V__Kingissepa_nim__kolhoos, lk 66
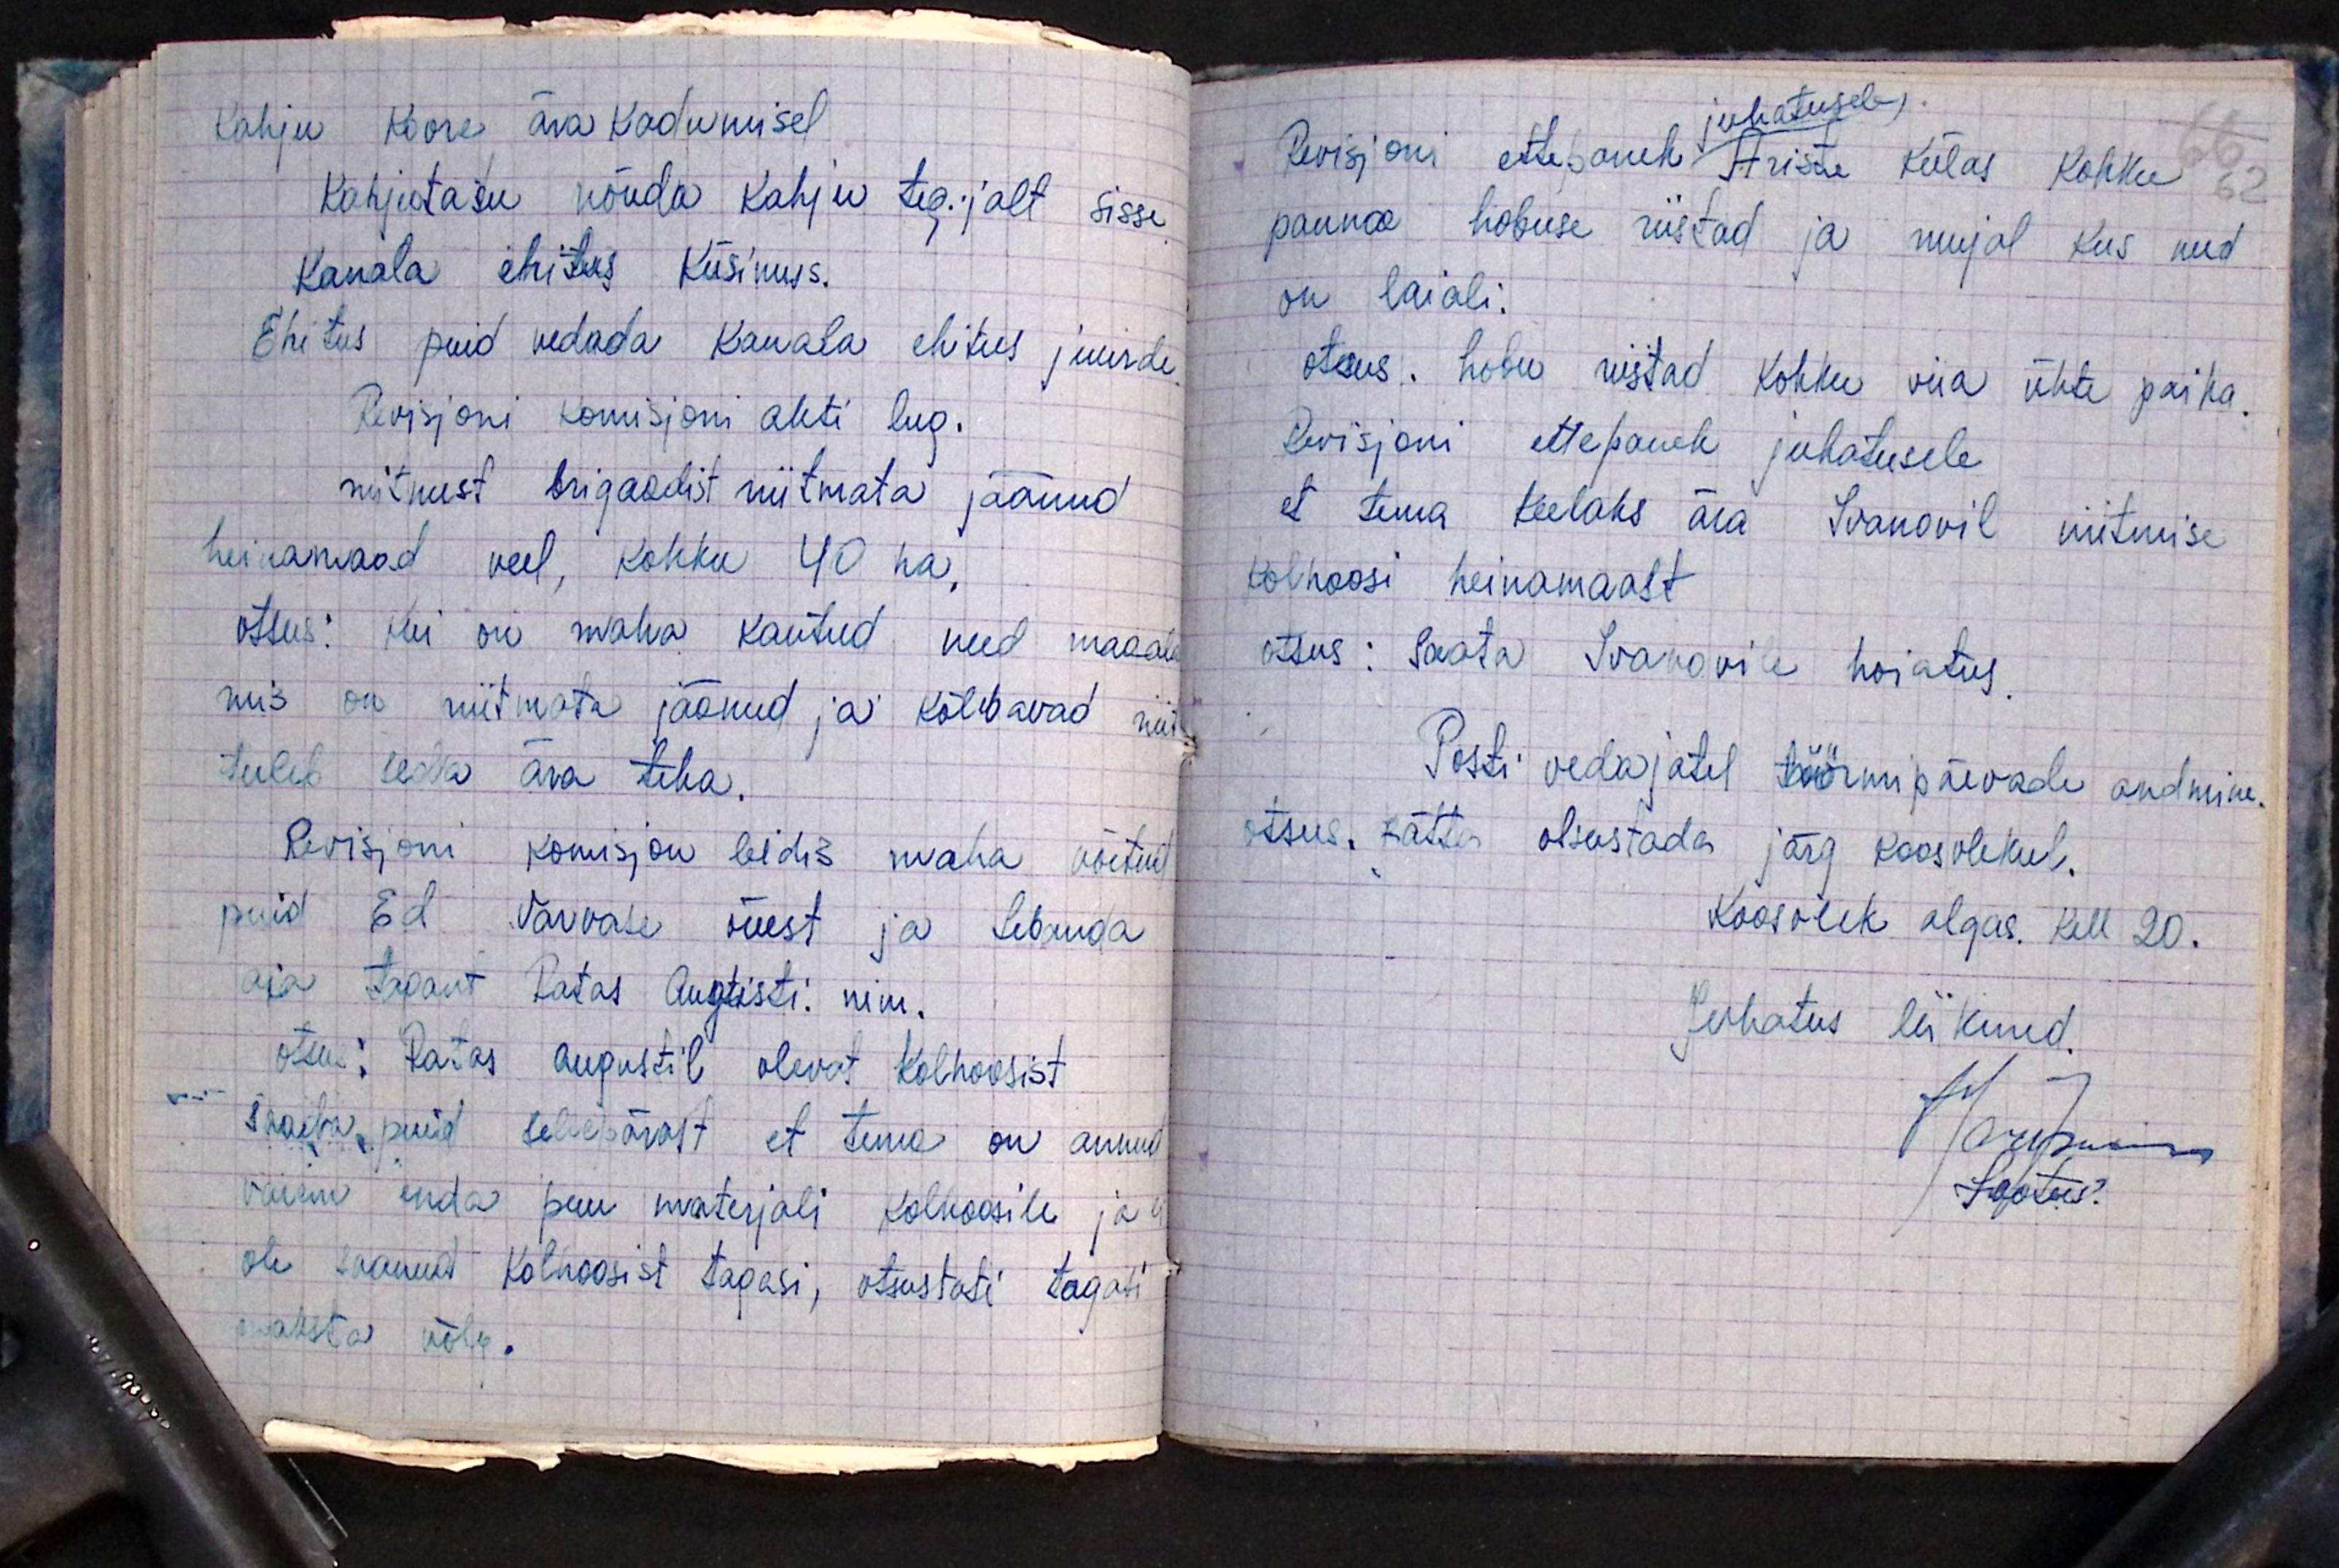
Kahju koore ära kadumisel
Kahjutasu nõuda kahju tegijalt sisse
Kanala ehitus Küsimus.
Ehitus puid vedada kanala ehitus juurde.
Revisjoni komisjoni akti lug.
mitmest brigaadist niitmata jäänud
heinamaad veel, kokku 40 ha,
otsus: kui on maha kantud need maade
mis on niitmata jäänud ja kõlbavad niit
tuleb seda ära teha.
Revisjoni komisjon leidis maha võetud
puid Ed. värvase õuest ja Sebanda
aia tagant Ratas Augusti nim.
otsus: Ratas Augustil olevat Kolhoosist
saada puid sellepärast et tema on annud
vaim enda puu materjali kolhoosile ja ei
ole saanud kolhoosist tagasi, otsustati tagasi
maksta võlg.

juhatusele
Revisjoni ettepanek Ariste külas kokku
62
panna hobuse riistad ja mujal kus need
on laiali.
otsus: hobu riistad kokku viia ühte paika.
Revisjoni ettepanek juhatusele
et tema teelaks ära Ivanovil niitmise
kolhoosi heinamaast.
otsus: Saata Ivanovile hoiatus.
Posti vedajatel töörmipäevade andmine.
otsus: Kättes otsustada järg koosolekul.
Koosolek algas. kell 20.
Juhatus liikmed
Maripuu
Lootus.